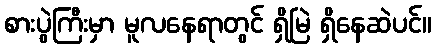
စားပွဲကြီးမှာ မူလနေရာတွင် ရှိမြဲ ရှိနေဆဲပင်။